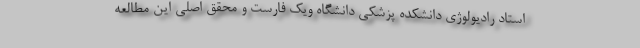
استاد رادیولوژی دانشکده پزشکی دانشگاه ویک فارست و محقق اصلی این مطالعه